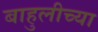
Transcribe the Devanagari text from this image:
बाहुलीच्या